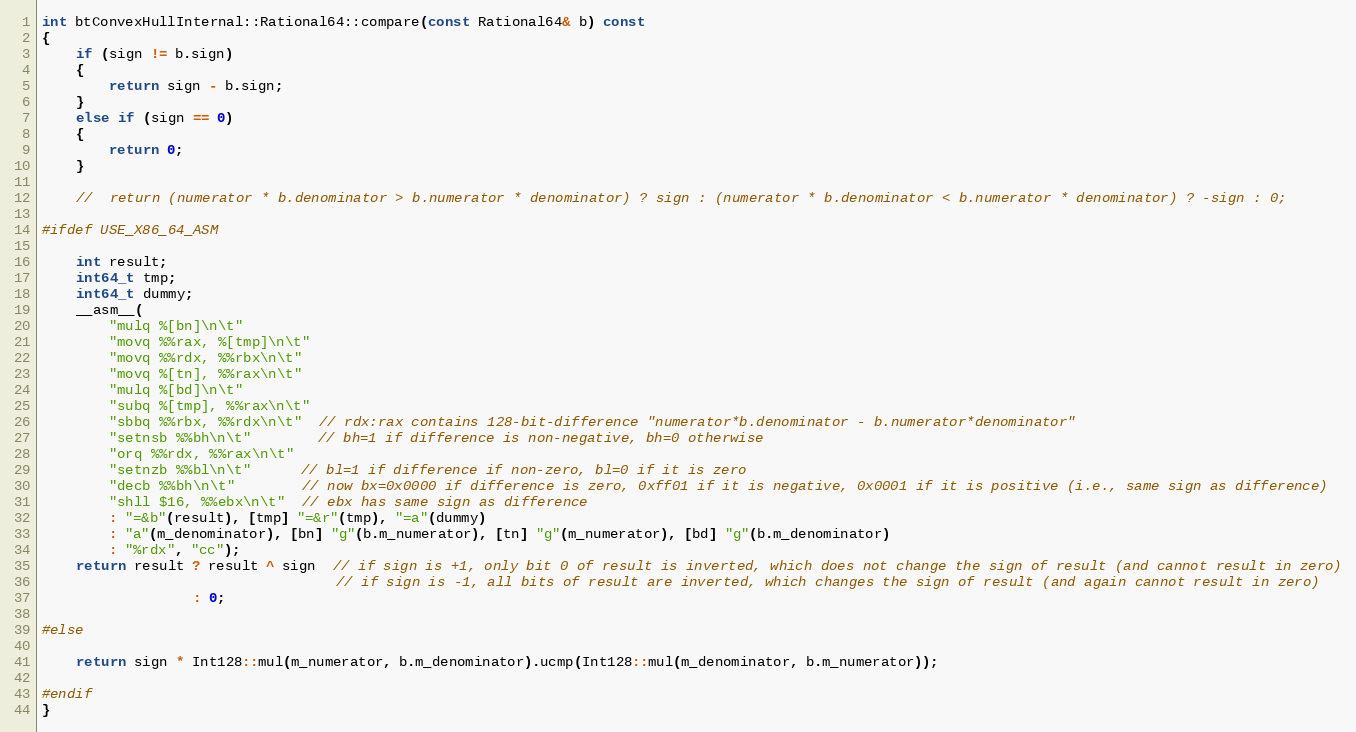
Language: C++
int btConvexHullInternal::Rational64::compare(const Rational64& b) const
{
	if (sign != b.sign)
	{
		return sign - b.sign;
	}
	else if (sign == 0)
	{
		return 0;
	}

	//	return (numerator * b.denominator > b.numerator * denominator) ? sign : (numerator * b.denominator < b.numerator * denominator) ? -sign : 0;

#ifdef USE_X86_64_ASM

	int result;
	int64_t tmp;
	int64_t dummy;
	__asm__(
		"mulq %[bn]\n\t"
		"movq %%rax, %[tmp]\n\t"
		"movq %%rdx, %%rbx\n\t"
		"movq %[tn], %%rax\n\t"
		"mulq %[bd]\n\t"
		"subq %[tmp], %%rax\n\t"
		"sbbq %%rbx, %%rdx\n\t"  // rdx:rax contains 128-bit-difference "numerator*b.denominator - b.numerator*denominator"
		"setnsb %%bh\n\t"        // bh=1 if difference is non-negative, bh=0 otherwise
		"orq %%rdx, %%rax\n\t"
		"setnzb %%bl\n\t"      // bl=1 if difference if non-zero, bl=0 if it is zero
		"decb %%bh\n\t"        // now bx=0x0000 if difference is zero, 0xff01 if it is negative, 0x0001 if it is positive (i.e., same sign as difference)
		"shll $16, %%ebx\n\t"  // ebx has same sign as difference
		: "=&b"(result), [tmp] "=&r"(tmp), "=a"(dummy)
		: "a"(m_denominator), [bn] "g"(b.m_numerator), [tn] "g"(m_numerator), [bd] "g"(b.m_denominator)
		: "%rdx", "cc");
	return result ? result ^ sign  // if sign is +1, only bit 0 of result is inverted, which does not change the sign of result (and cannot result in zero)
								   // if sign is -1, all bits of result are inverted, which changes the sign of result (and again cannot result in zero)
				  : 0;

#else

	return sign * Int128::mul(m_numerator, b.m_denominator).ucmp(Int128::mul(m_denominator, b.m_numerator));

#endif
}